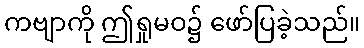
ကဗျာကို ဤရှုမဝ၌ ဖော်ပြခဲ့သည်။